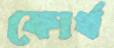
ফোর্থ